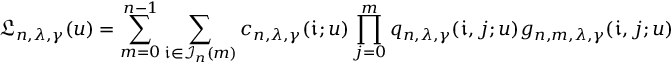
\mathfrak { L } _ { n , \lambda , \gamma } ( u ) = \sum _ { m = 0 } ^ { n - 1 } \sum _ { \mathfrak { i } \in \mathcal { I } _ { n } ( m ) } c _ { n , \lambda , \gamma } ( \mathfrak { i } ; u ) \prod _ { j = 0 } ^ { m } q _ { n , \lambda , \gamma } ( \mathfrak { i } , j ; u ) g _ { n , m , \lambda , \gamma } ( \mathfrak { i } , j ; u )